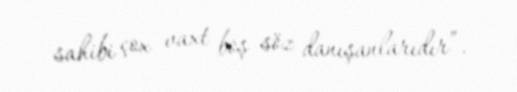
sahibi çox vaxt boş söz danışanlarıdır”.